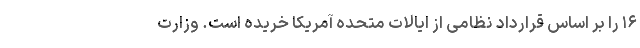
۱۶ را بر اساس قرارداد نظامی از ایالات متحده آمریکا خریده است. وزارت